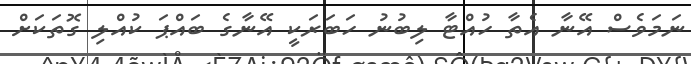
ނަމަވެސް އޭނާ އެތާ ހުއްޓާ ލިބުނު ހަބަރަކީ އޭނާގެ ބައްޕަ ކުއްލި ގޮތަކަށް